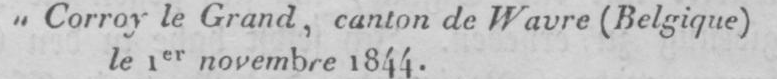
„Corroy le Grand, canton de Wavre (Belgique) le 1er novembre 1844.